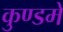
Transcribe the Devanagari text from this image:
कुण्डमे